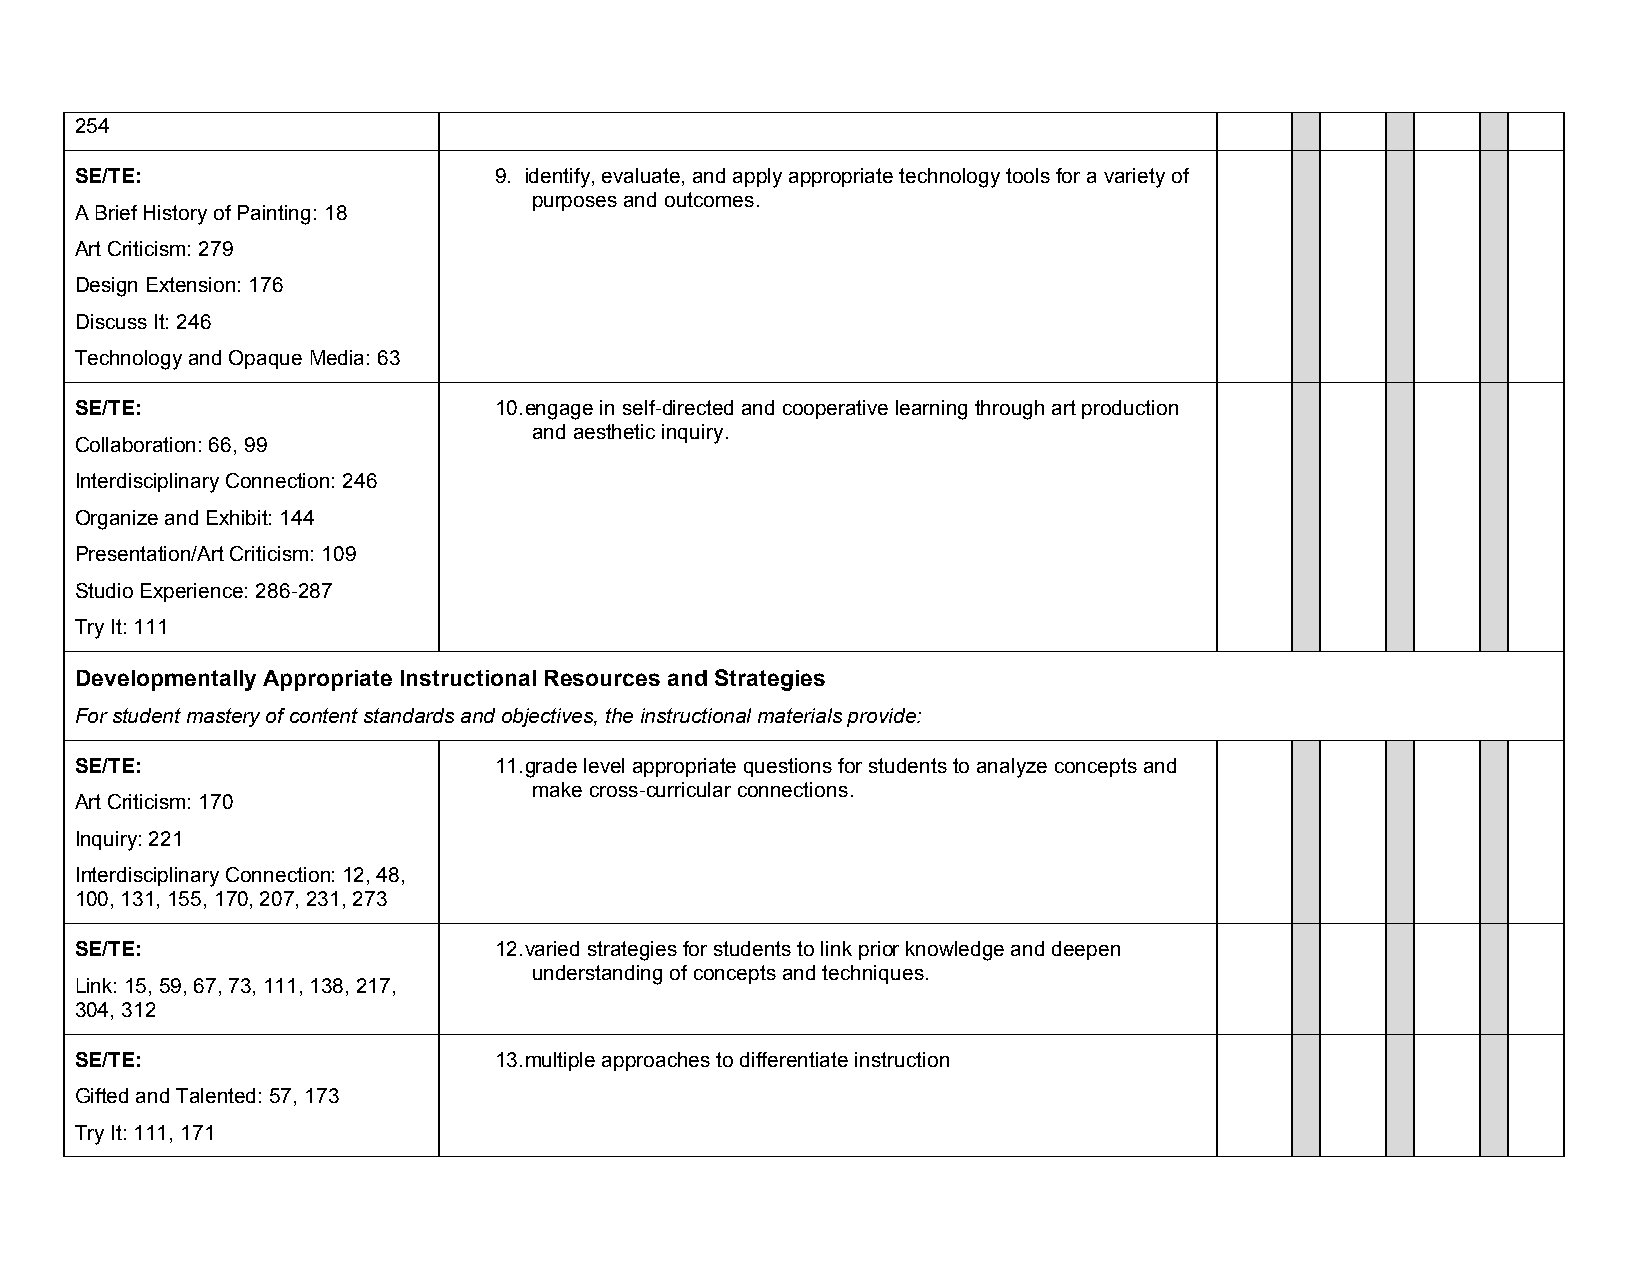
254
 SE/TE:                      9. identify, evaluate, and apply appropriate technology tools for a variety of
 purposes and outcomes.
 A Brief History of Painting: 18
 Art Criticism: 279
 Design Extension: 176
 Discuss It: 246
 Technology and Opaque Media: 63
 SE/TE:                      10. engage in self-directed and cooperative learning through art production
 and aesthetic inquiry.
 Collaboration: 66, 99
 Interdisciplinary Connection: 246
 Organize and Exhibit: 144
 Presentation/Art Criticism: 109
 Studio Experience: 286-287
 Try It: 111
 Developmentally Appropriate Instructional Resources and Strategies
 For student mastery of content standards and objectives, the instructional materials provide:
 SE/TE:                      11. grade level appropriate questions for students to analyze concepts and
 make cross-curricular connections.
 Art Criticism: 170
 Inquiry: 221
 Interdisciplinary Connection: 12, 48,
 100, 131, 155, 170, 207, 231, 273
 SE/TE:                      12. varied strategies for students to link prior knowledge and deepen
 understanding of concepts and techniques.
 Link: 15, 59, 67, 73, 111, 138, 217,
 304, 312
 SE/TE:                      13. multiple approaches to differentiate instruction
 Gifted and Talented: 57, 173
 Try It: 111, 171